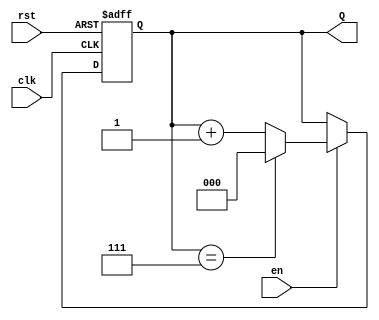
module UpCounterMoore #(parameter N = 3) (
    input wire clk,      // Clock signal
    input wire rst,      // Asynchronous reset
    input wire en,       // Enable signal
    output reg [N-1:0] Q // Output count
);

// State transition logic
always @(posedge clk or posedge rst) begin
    if (rst) begin
        Q <= 0; // Reset the counter to 0
    end else if (en) begin
        if (Q == (1 << N) - 1) begin
            Q <= 0; // Wrap around to 0 when max state is reached
        end else begin
            Q <= Q + 1; // Increment the counter
        end
    end
    // If en is low, Q retains its value
end

endmodule